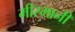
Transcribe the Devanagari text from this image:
मीरमानी